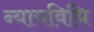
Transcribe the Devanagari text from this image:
न्यायविधि